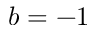
b = - 1